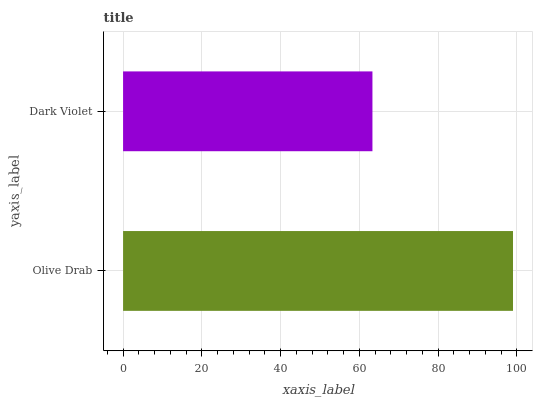
| yaxis_label | bars |
 | --- | --- |
 | Olive Drab | 99 |
 | Dark Violet | 63.3 |